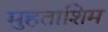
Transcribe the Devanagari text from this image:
मुहताशिम